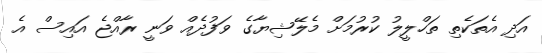
އަދި އެތަކެތި ތަހްލީލު ކުރުމަށް މެލޭޝިޔާގެ ވަފުދެއް ވަނީ ރާއްޖެ އައިސް އެ